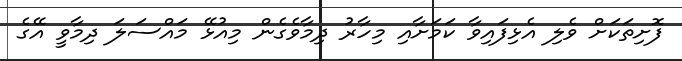
ފޮށިތަކަށް ވެލި އެޅިފައިވާ ކަމަށާއި މިހާރު ދިމާވެގެން މިއުޅޭ މައްސަލަ ދިމާވީ އޭގެ